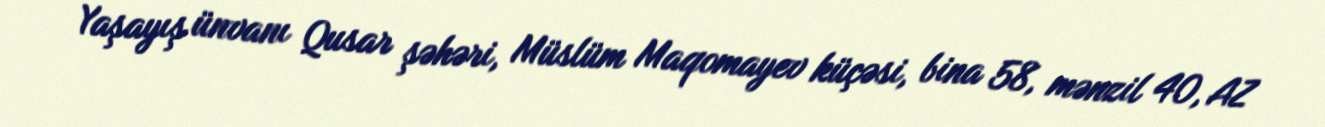
Yaşayış ünvanı Qusar şəhəri, Müslüm Maqomayev küçəsi, bina 58, mənzil 40, AZ